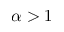
\alpha > 1